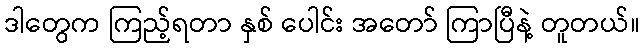
ဒါတွေက ကြည့်ရတာ နှစ် ပေါင်း အတော် ကြာပြီနဲ့ တူတယ်။